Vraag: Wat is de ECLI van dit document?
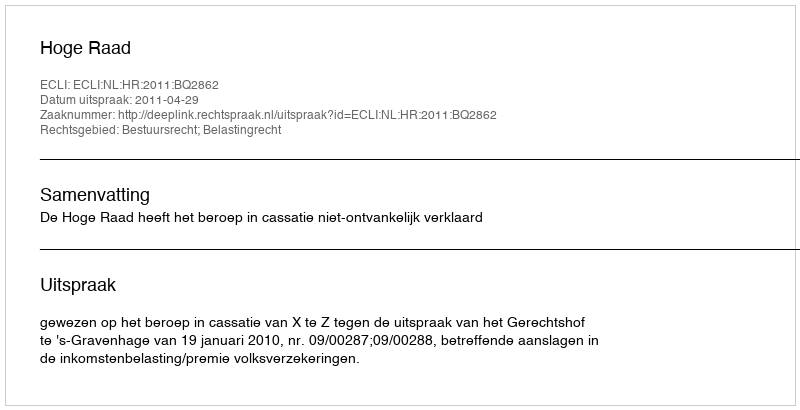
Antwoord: ECLI:NL:HR:2011:BQ2862